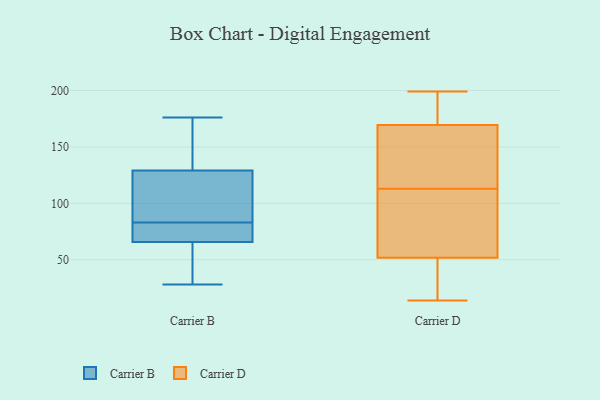
{"axis": {"x": "Shipments", "y": "Value"}, "legend": ["Carrier B", "Carrier D"], "data": [{"x": "", "y": 154, "type": "Carrier B"}, {"x": "", "y": 161, "type": "Carrier B"}, {"x": "", "y": 71, "type": "Carrier B"}, {"x": "", "y": 132, "type": "Carrier B"}, {"x": "", "y": 80, "type": "Carrier B"}, {"x": "", "y": 37, "type": "Carrier B"}, {"x": "", "y": 78, "type": "Carrier B"}, {"x": "", "y": 109, "type": "Carrier B"}, {"x": "", "y": 28, "type": "Carrier B"}, {"x": "", "y": 128, "type": "Carrier B"}, {"x": "", "y": 176, "type": "Carrier B"}, {"x": "", "y": 116, "type": "Carrier B"}, {"x": "", "y": 56, "type": "Carrier B"}, {"x": "", "y": 69, "type": "Carrier B"}, {"x": "", "y": 83, "type": "Carrier B"}, {"x": "", "y": 115, "type": "Carrier B"}, {"x": "", "y": 46, "type": "Carrier B"}, {"x": "", "y": 19, "type": "Carrier D"}, {"x": "", "y": 187, "type": "Carrier D"}, {"x": "", "y": 15, "type": "Carrier D"}, {"x": "", "y": 77, "type": "Carrier D"}, {"x": "", "y": 174, "type": "Carrier D"}, {"x": "", "y": 143, "type": "Carrier D"}, {"x": "", "y": 175, "type": "Carrier D"}, {"x": "", "y": 168, "type": "Carrier D"}, {"x": "", "y": 106, "type": "Carrier D"}, {"x": "", "y": 199, "type": "Carrier D"}, {"x": "", "y": 61, "type": "Carrier D"}, {"x": "", "y": 14, "type": "Carrier D"}, {"x": "", "y": 24, "type": "Carrier D"}, {"x": "", "y": 113, "type": "Carrier D"}, {"x": "", "y": 147, "type": "Carrier D"}, {"x": "", "y": 124, "type": "Carrier D"}, {"x": "", "y": 94, "type": "Carrier D"}]}